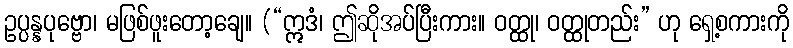
ဥပ္ပန္နပုဗ္ဗော၊ မဖြစ်ဖူးတော့ချေ။ (“ဣဒံ၊ ဤဆိုအပ်ပြီးကား။ ဝတ္ထု၊ ဝတ္ထုတည်း” ဟု ရှေ့စကားကို